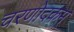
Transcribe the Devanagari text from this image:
चरणोदकम्